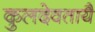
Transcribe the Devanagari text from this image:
कुलदेवतायै